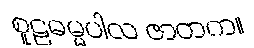
စူဠဓမ္မပါလ ဇာတက။